Malaria in the Duars
Disease focus: Malaria
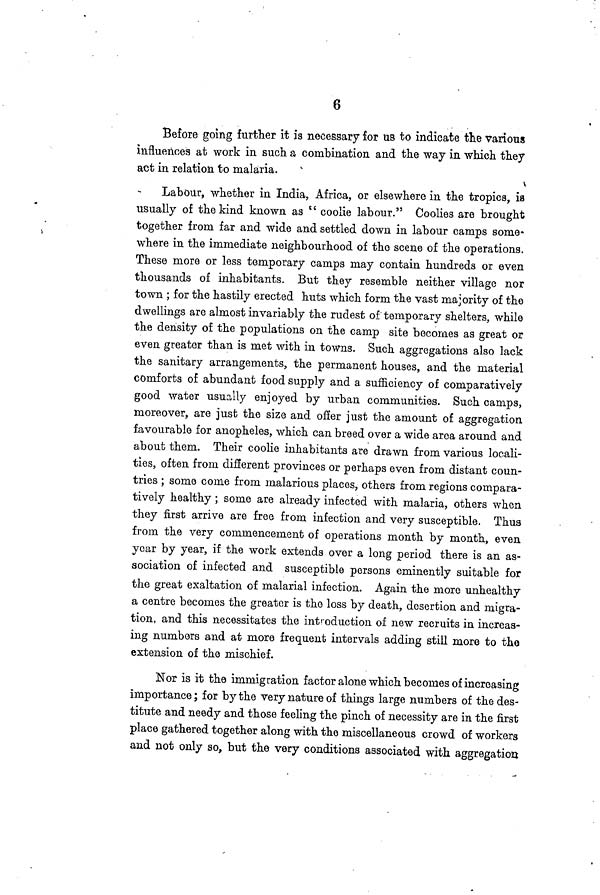
6
Before going further it is necessary for us to indicate the various
influences at work in such a combination and the way in which they
act in relation to malaria.
Labour, whether in India, Africa, or elsewhere in the tropics, is
usually of the kind known as " coolie labour." Coolies are brought
together from far and wide and settled down in labour camps some-
where in the immediate neighbourhood of the scene of the operations.
These more or less temporary camps may contain hundreds or even
thousands of inhabitants. But they resemble neither village nor
town ; for the hastily erected huts which form the vast majority of the
dwellings are almost invariably the rudest of temporary shelters, while
the density of the populations on the camp site becomes as great or
even greater than is met with in towns. Such aggregations also lack
the sanitary arrangements, the permanent houses, and the material
comforts of abundant food supply and a. sufficiency of comparatively
good water usually enjoyed by urban communities. Such camps,
moreover, are just the size and offer just the amount of aggregation
favourable for anopheles, which can breed over a wide area around and
about them. Their coolie inhabitants are drawn from various locali-
ties, often from different provinces or perhaps even from distant coun-
tries ; some come from malarious places, others from regions compara-
tively healthy; some are already infected with malaria, others when
they first arrive are free from infection and very susceptible. Thus
from the very commencement of operations month by month, even
year by year, if the work extends over a long period there is an as-
sociation of infected and susceptible persons eminently suitable for
the great exaltation of malarial infection. Again the more unhealthy
a centre becomes the greater is the loss by death, desertion and migra-
tion, and this necessitates the introduction of new recruits in increas-
ing numbers and at more frequent intervals adding still more to the
extension of the mischief.
Nor is it the immigration factor alone which becomes of increasing
importance; for by the very nature of things large numbers of the des-
titute and needy and those feeling the pinch of necessity are in the first
place gathered together along with the miscellaneous crowd of workers
and not only so, but the very conditions associated with aggregation